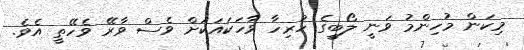
މިކަން މުހިންމު ވަނީ ލޯބީގެ ހުރިހާ ވާހަކައަކަށް ވެސް ވާރޭ ވެހޭތީ އެވެ.